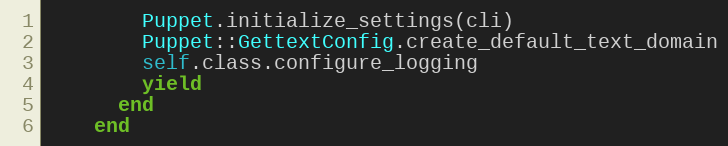
Language: Ruby
        Puppet.initialize_settings(cli)
        Puppet::GettextConfig.create_default_text_domain
        self.class.configure_logging
        yield
      end
    end